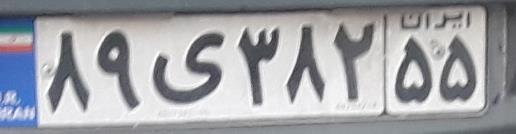
۸۹ی۳۸۲۵۵